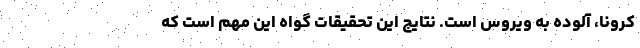
کرونا، آلوده به ویروس است. نتایج این تحقیقات گواه این مهم است که